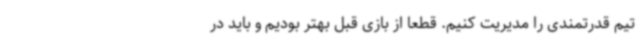
تیم قدرتمندی را مدیریت کنیم. قطعا از بازی قبل بهتر بودیم و باید در